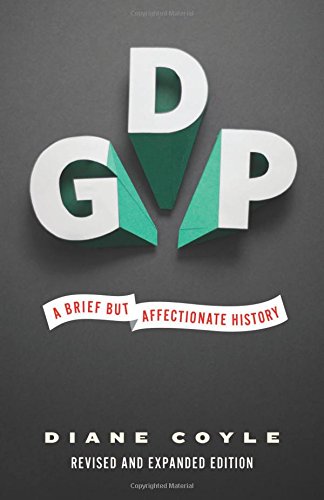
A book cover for GDP: A Brief but Affectionate History; Diane Coyle; Business & Money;